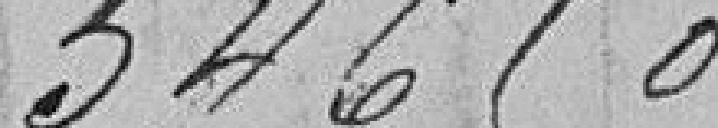
54610